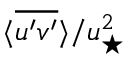
\langle \overline { { u ^ { \prime } v ^ { \prime } } } \rangle / u _ { \star } ^ { 2 }